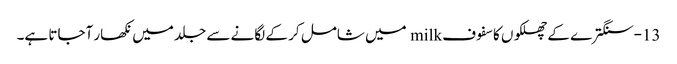
13-سنگترے کے چھلکوں کا سفوف milk میں شامل کر کے لگانے سے جلد میں نکھار آجاتا ہے۔